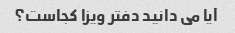
آیا می دانید دفتر ویزا کجاست؟